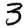
Digit: 3